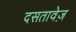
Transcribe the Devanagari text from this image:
दसतावेज़